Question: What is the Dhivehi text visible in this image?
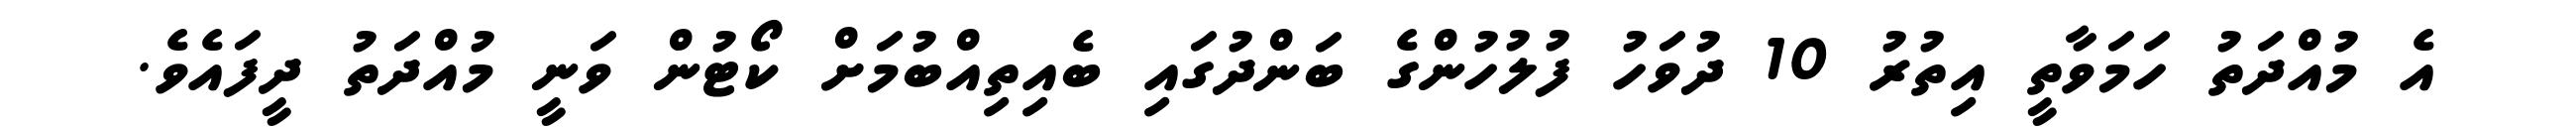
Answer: އެ މުއްދަތު ހަމަވާތީ އިތުރު 10 ދުވަހު ފުލުހުންގެ ބަންދުގައި ބެއިތިއްބުމަށް ކޯޓުން ވަނީ މުއްދަތު ދީފައެވެ.